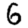
Digit: 6